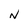
Character: N